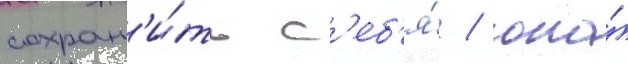
сохран'и́ть с'еб'я́ / она́